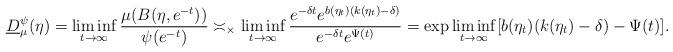
LaTeX: \begin{align*}\underline D_\mu^\psi(\eta) = \liminf_{t\to\infty} \frac{\mu(B(\eta,e^{-t}))}{\psi(e^{-t})}\asymp_\times \liminf_{t\to\infty} \frac{e^{-\delta t} e^{b(\eta_t)(k(\eta_t) - \delta)}}{e^{-\delta t} e^{\Psi(t)}}= \exp\liminf_{t\to\infty} [b(\eta_t)(k(\eta_t) - \delta) - \Psi(t)].\end{align*}